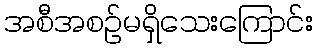
အစီအစဉ်မရှိသေးကြောင်း